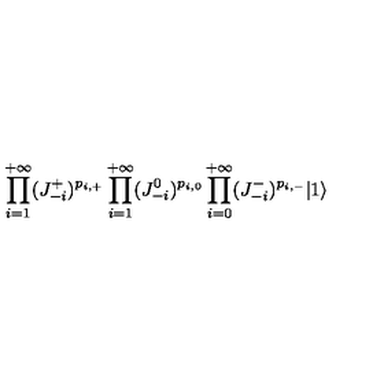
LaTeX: \prod _ { i = 1 } ^ { + \infty } ( J _ { - i } ^ { + } ) ^ { p _ { i , + } } \prod _ { i = 1 } ^ { + \infty } ( J _ { - i } ^ { 0 } ) ^ { p _ { i , 0 } } \prod _ { i = 0 } ^ { + \infty } ( J _ { - i } ^ { - } ) ^ { p _ { i , - } } | 1 \rangle